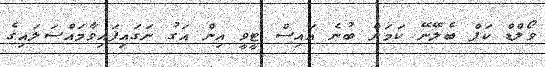
ވޯލްޑް ކަޕް ބެލޭނޭ ކަމަށް ބުނެ އައިސް ޓީވީ އިން އަގު ނަގައިފައިވާމައްސަލައިގެ